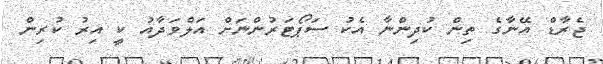
ޖެރާޑް އޭނާގެ ތިން ކުދިންނާ އެކު ސަޕޯޓަރުންނަށް އަލްވަދާއު ކީ އިރު ކުރިން